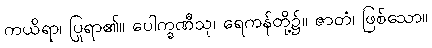
ကယိရာ၊ ပြုရာ၏။ ပေါက္ခဏီသု၊ ရေကန်တို့၌။ ဇာတံ၊ ဖြစ်သော။